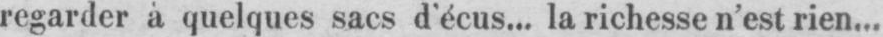
regarder à quelques sacs d’écus... la richesse n’est rien...